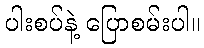
ပါးစပ်နဲ့ ပြောစမ်းပါ။